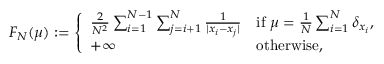
\begin{array} { r } { F _ { N } ( \mu ) : = \left\{ \begin{array} { l l } { { \frac { 2 } { N ^ { 2 } } } \sum _ { i = 1 } ^ { N - 1 } \sum _ { j = i + 1 } ^ { N } { \frac { 1 } { | x _ { i } - x _ { j } | } } } & { \mathrm { i f } \ \mu = { \frac { 1 } { N } } \sum _ { i = 1 } ^ { N } \delta _ { x _ { i } } , } \\ { + \infty } & { \mathrm { o t h e r w i s e } , } \end{array} \right. } \end{array}